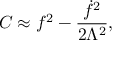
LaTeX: C \approx f ^ { 2 } - \frac { { \dot { f } } ^ { 2 } } { 2 \Lambda ^ { 2 } } ,